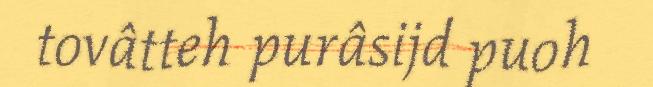
tovâtteh purâsijd puoh